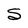
Character: S